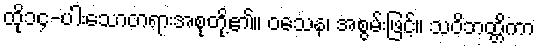
ထို၁၄-ပါးသောတရားအစုတို့၏။ ဝသေန၊ အစွမ်းဖြင့်။ သဝိဘတ္တိကာ